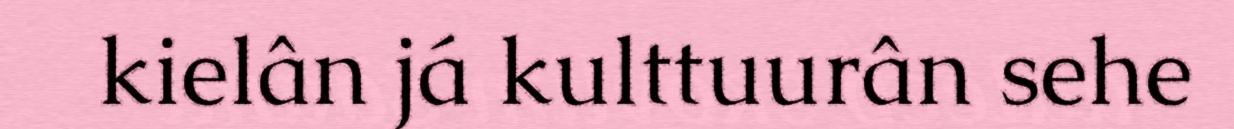
kielân já kulttuurân sehe